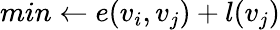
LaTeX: min\leftarrow e(v_{i},v_{j})+l(v_{j})